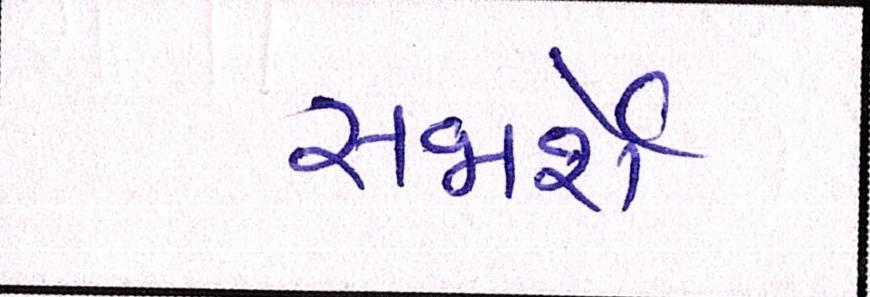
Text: સજાર્શેઃ